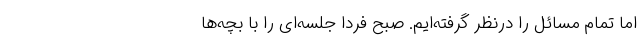
اما تمام مسائل را درنظر گرفته‌ایم. صبح فردا جلسه‌ای را با بچه‌ها